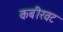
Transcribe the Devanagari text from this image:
कबीरवट